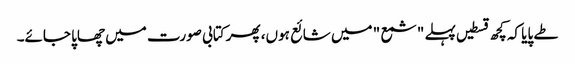
طے پایا کہ کچھ قسطیں پہلے "شمع " میں شائع ہوں، پھر کتابی صورت میں چھاپا جائے۔